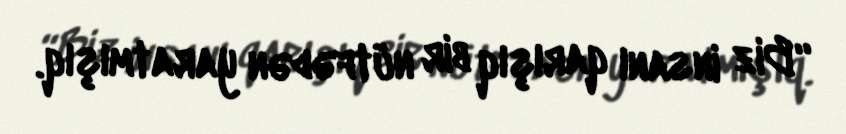
“Biz insanı qarışıq bir nütfədən yaratmışıq.